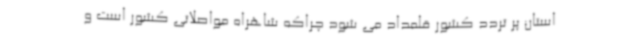
استان پر تردد کشور قلمداد می شود چراکه شاهراه مواصلاتی کشور است و